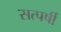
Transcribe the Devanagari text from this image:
सत्पर्षी